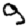
Digit: 9